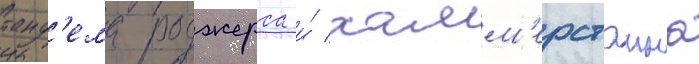
танд'ема роджерса и́ хамм'ерстаина